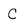
Character: C